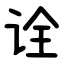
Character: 诠